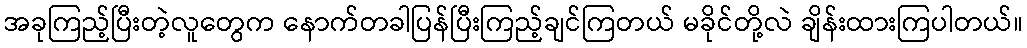
အခုကြည့်ပြီးတဲ့လူတွေက နောက်တခါပြန်ပြီးကြည့်ချင်ကြတယ် မခိုင်တို့လဲ ချိန်းထားကြပါတယ်။